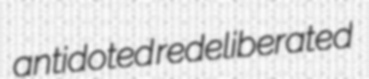
antidoted redeliberated